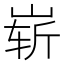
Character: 崭